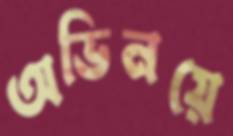
অভিনয়ে